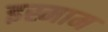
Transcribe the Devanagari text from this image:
इस्माम